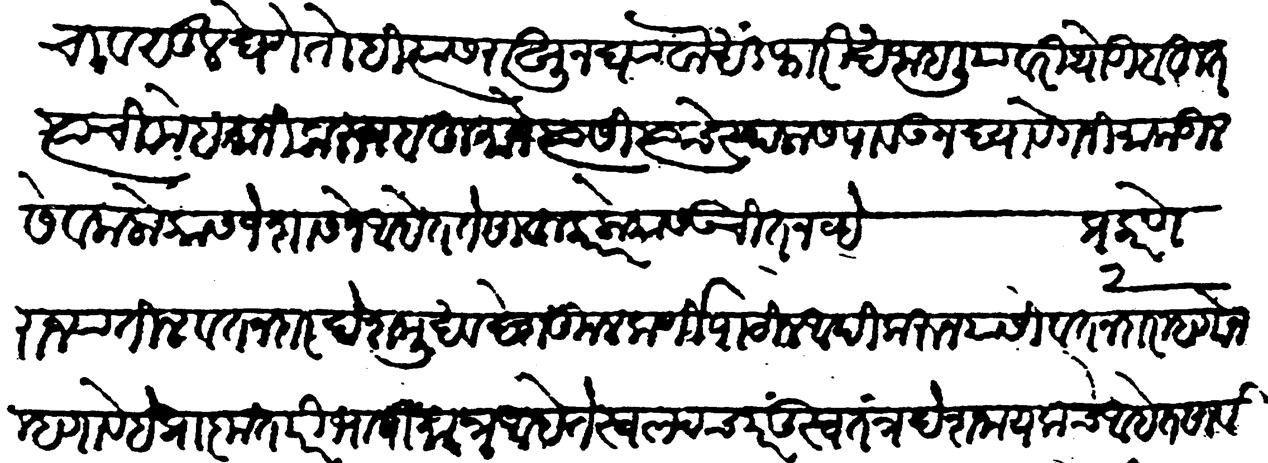
Transliteration (Devanagari): खंडाचा वसूल घेणें तोहि त्यांस राखून घ्यावा. खंड फारीख जाहलियावरी थोडीबहुत त्याची मेहमानी करून बहुमानें त्यांसी त्याचे स्थळास पावऊन द्यावें गनिमाकडील सेवक लोकांस जे शासनें आहेत ते साहुकार लोकांस उचित नव्हे प्रकरण २ प्रकरण ६ वतनदार राज्यातील वतनदार देशमुख व देशकुलकर्णी पाटील आदि यांसी वतनदार म्हणोन म्हणावें हे प्राकृत परिभाषा मात्र आहे ते स्वल्पच परंतु स्वतंत्र देशनायकच आहेत सार्वभौमापासून